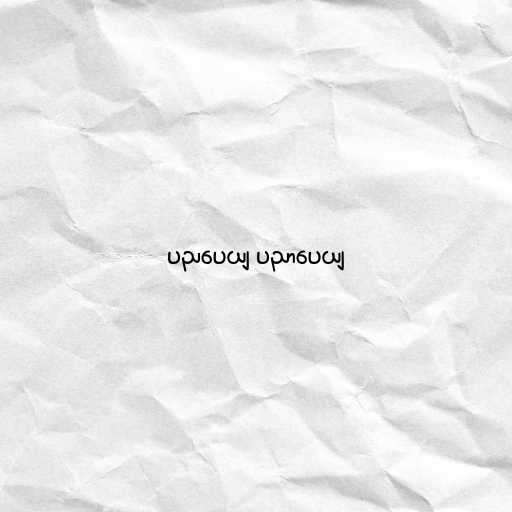
ပညပေယျ ပညာပေယျ